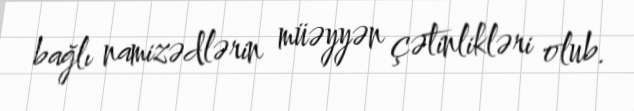
bağlı namizədlərin müəyyən çətinlikləri olub.